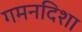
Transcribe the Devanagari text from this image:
गमनदिशा